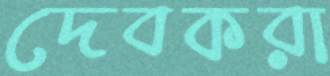
দেবকরা